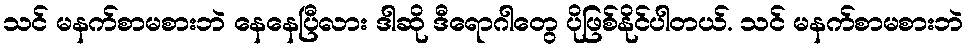
သင် မနက်စာမစားဘဲ နေနေပြီလား ဒါဆို ဒီရောဂါတွေ ပိုဖြစ်နိုင်ပါတယ်. သင် မနက်စာမစားဘဲ